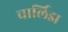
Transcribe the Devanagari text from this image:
चार्लिझ